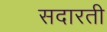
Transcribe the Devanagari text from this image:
सदारती